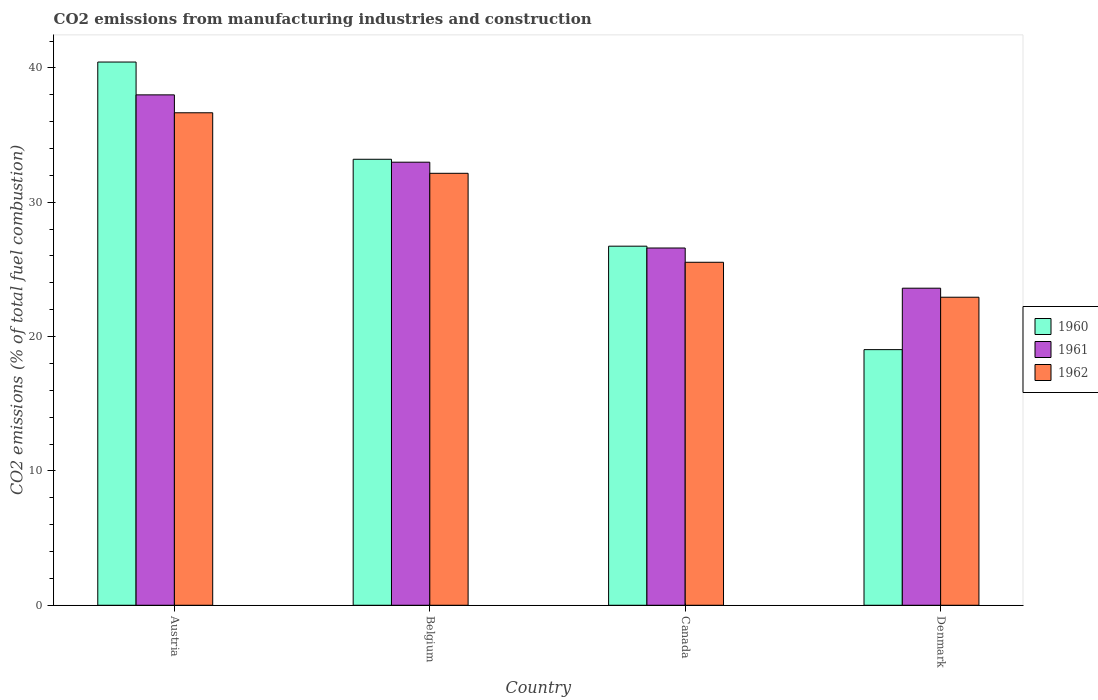
| Country | 1960 | 1961 | 1962 |
 | --- | --- | --- | --- |
 | Austria | 40.4 | 38 | 36.7 |
 | Belgium | 33.2 | 33 | 32.2 |
 | Canada | 26.7 | 26.6 | 25.5 |
 | Denmark | 19 | 23.6 | 22.9 |